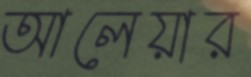
আলেয়ার